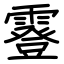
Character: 霯